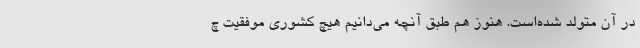
در آن متولد شده‌است. هنوز هم طبق آنچه می‌دانیم هیچ کشوری موفقیت چ